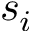
s _ { i }